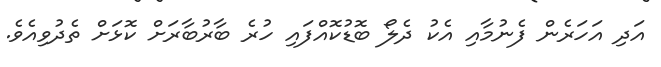
އަދި އަހަރެން ފެނުމާއި އެކު ދެލޯ ބޮޑުކޮއްފައި ހުރެ ބާރުބާރަށް ކޮޅަށް ތެދުވިއެވެ.